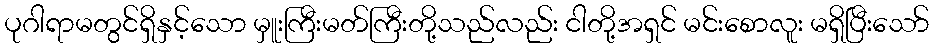
ပုဂါရာမတွင်ရှိနှင့်သော မှူးကြီးမတ်ကြီးတို့သည်လည်း ငါတို့အရှင် မင်းစောလူး မရှိပြီးသော်